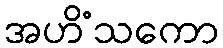
အဟိံသကော